Report of the Indian Hemp Drugs Commission, 1894-1895 - Volume VII
Year: 1894
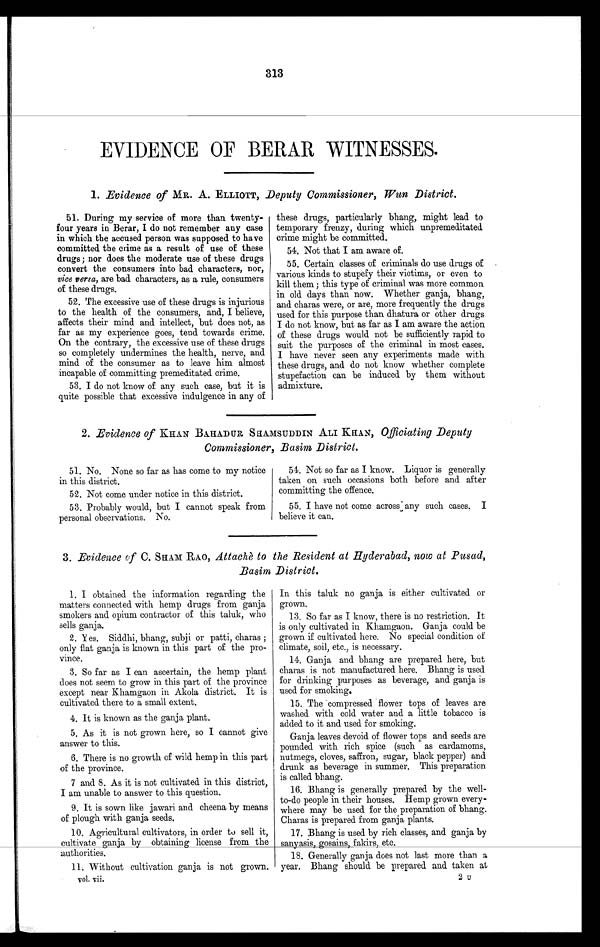
313
EVIDENCE OF BERAR WITNESSES.
1. Evidence of MR. A. ELLIOTT, Deputy Commissioner, Wun District.
51. During my service of more than twenty-
four years in Berar, I do not remember any case
in which the accused person was supposed to have
committed the crime as a result of use of these
drugs; nor does the moderate use of these drugs
convert the consumers into bad characters, nor,
vice versa, are bad characters, as a rule, consumers
of these drugs.
52. The excessive use of these drugs is injurious
to the health of the consumers, and, I believe,
affects their mind and intellect, but does not, as
far as my experience goes, tend towards crime.
On the contrary, the excessive use of these drugs
so completely undermines the health, nerve, and
mind of the consumer as to leave him almost
incapable of committing premeditated crime.
53. I do not know of any such case, but it is
quite possible that excessive indulgence in any of
these drugs, particularly bhang, might lead to
temporary frenzy, during which unpremeditated
crime might be committed.
54. Not that I am aware of.
55. Certain classes of criminals do use drugs of
various kinds to stupefy their victims, or even to
kill them; this type of criminal was more common
in old days than now. Whether ganja, bhang,
and charas were, or are, more frequently the drugs
used for this purpose than dhatura or other drugs
I do not know, but as far as I am aware the action
of these drugs would not be sufficiently rapid to
suit the purposes of the criminal in most cases.
I have never seen any experiments made with
these drugs, and do not know whether complete
stupefaction can be induced by them without
admixture.
2. Evidence of KHAN BAHADUR SHAMSUDDIN ALI KHAN, Officiating Deputy
Commissioner, Basim District.
51. No. None so far as has come to my notice
in this district.
52. Not come under notice in this district.
53. Probably would, but I cannot speak from
personal observations. No.
54. Not so far as I know. Liquor is generally
taken on such occasions both before and after
committing the offence.
55. I have not come across any such cases. I
believe it can.
3. Evidence of C. SHAM RAO, Attachè to the Resident at Hyderabad, now at Pusad,
Basim District.
1. I obtained the information regarding the
matters connected with hemp drugs from ganja
smokers and opium contractor of this taluk, who
sells ganja.
2. Yes. Siddhi, bhang, subji or patti, charas;
only flat ganja is known in this part of the pro
- v i n c e .
3. So far as I can ascertain, the hemp plant
does not seem to grow in this part of the province
except near Khamgaon in Akola district. It is
cultivated there to a small extent.
4. It is known as the ganja plant.
5. As it is not grown here, so I cannot give
answer to this.
6. There is no growth of wild hemp in this part
of the province.
7 and 8. As it is not cultivated in this district,
I am unable to answer to this question.
9. It is sown like jawari and cheena by means
of plough with ganja seeds.
10. Agricultural cultivators, in order to sell it,
cultivate ganja by obtaining license from the
authorities.
11. Without cultivation ganja is not grown.
In this taluk no ganja is either cultivated or
grown.
13. So far as I know, there is no restriction. It
is only cultivated in Khamgaon. Ganja could be
grown if cultivated here. No special condition of
climate, soil, etc., is necessary.
14. Ganja and bhang are prepared here, but
charas is not manufactured here. Bhang is used
for drinking purposes as beverage, and ganja is
used for smoking.
15. The compressed flower tops of leaves are
washed with cold water and a little tobacco is
added to it and used for smoking.
Ganja leaves devoid of flower tops and seeds are
pounded with rich spice (such as cardamoms,
nutmegs, cloves, saffron, sugar, black pepper) and
drunk as beverage in summer. This preparation
is called bhang.
16. Bhang is generally prepared by the well-
to-do people in their houses. Hemp grown every-
where may be used. for the preparation of bhang.
Charas is prepared from ganja plants.
17. Bhang is used. by rich classes, and ganja by
sanyasis, gosains, fakirs, etc.
18. Generally ganja does not last more than a
year. Bhang should be prepared and taken at
vol. vii.
2 u